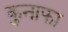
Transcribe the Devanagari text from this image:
कुनाफा